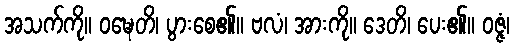
အသက်ကို။ ဝဍ္ဎေတိ၊ ပွားစေ၏။ ဗလံ၊ အားကို။ ဒေတိ၊ ပေး၏။ ဝဇ္ဇံ၊